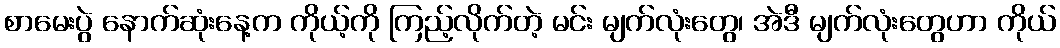
စာမေးပွဲ နောက်ဆုံးနေ့က ကိုယ့်ကို ကြည့်လိုက်တဲ့ မင်း မျက်လုံးတွေ၊ အဲဒီ မျက်လုံးတွေဟာ ကိုယ်